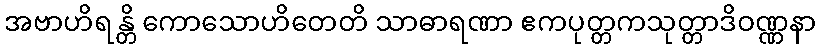
အဗာဟိရန္တိ ကောသောဟိတေတိ သာဓာရဏာ ဧကပုတ္တကသုတ္တာဒိဝဏ္ဏနာ